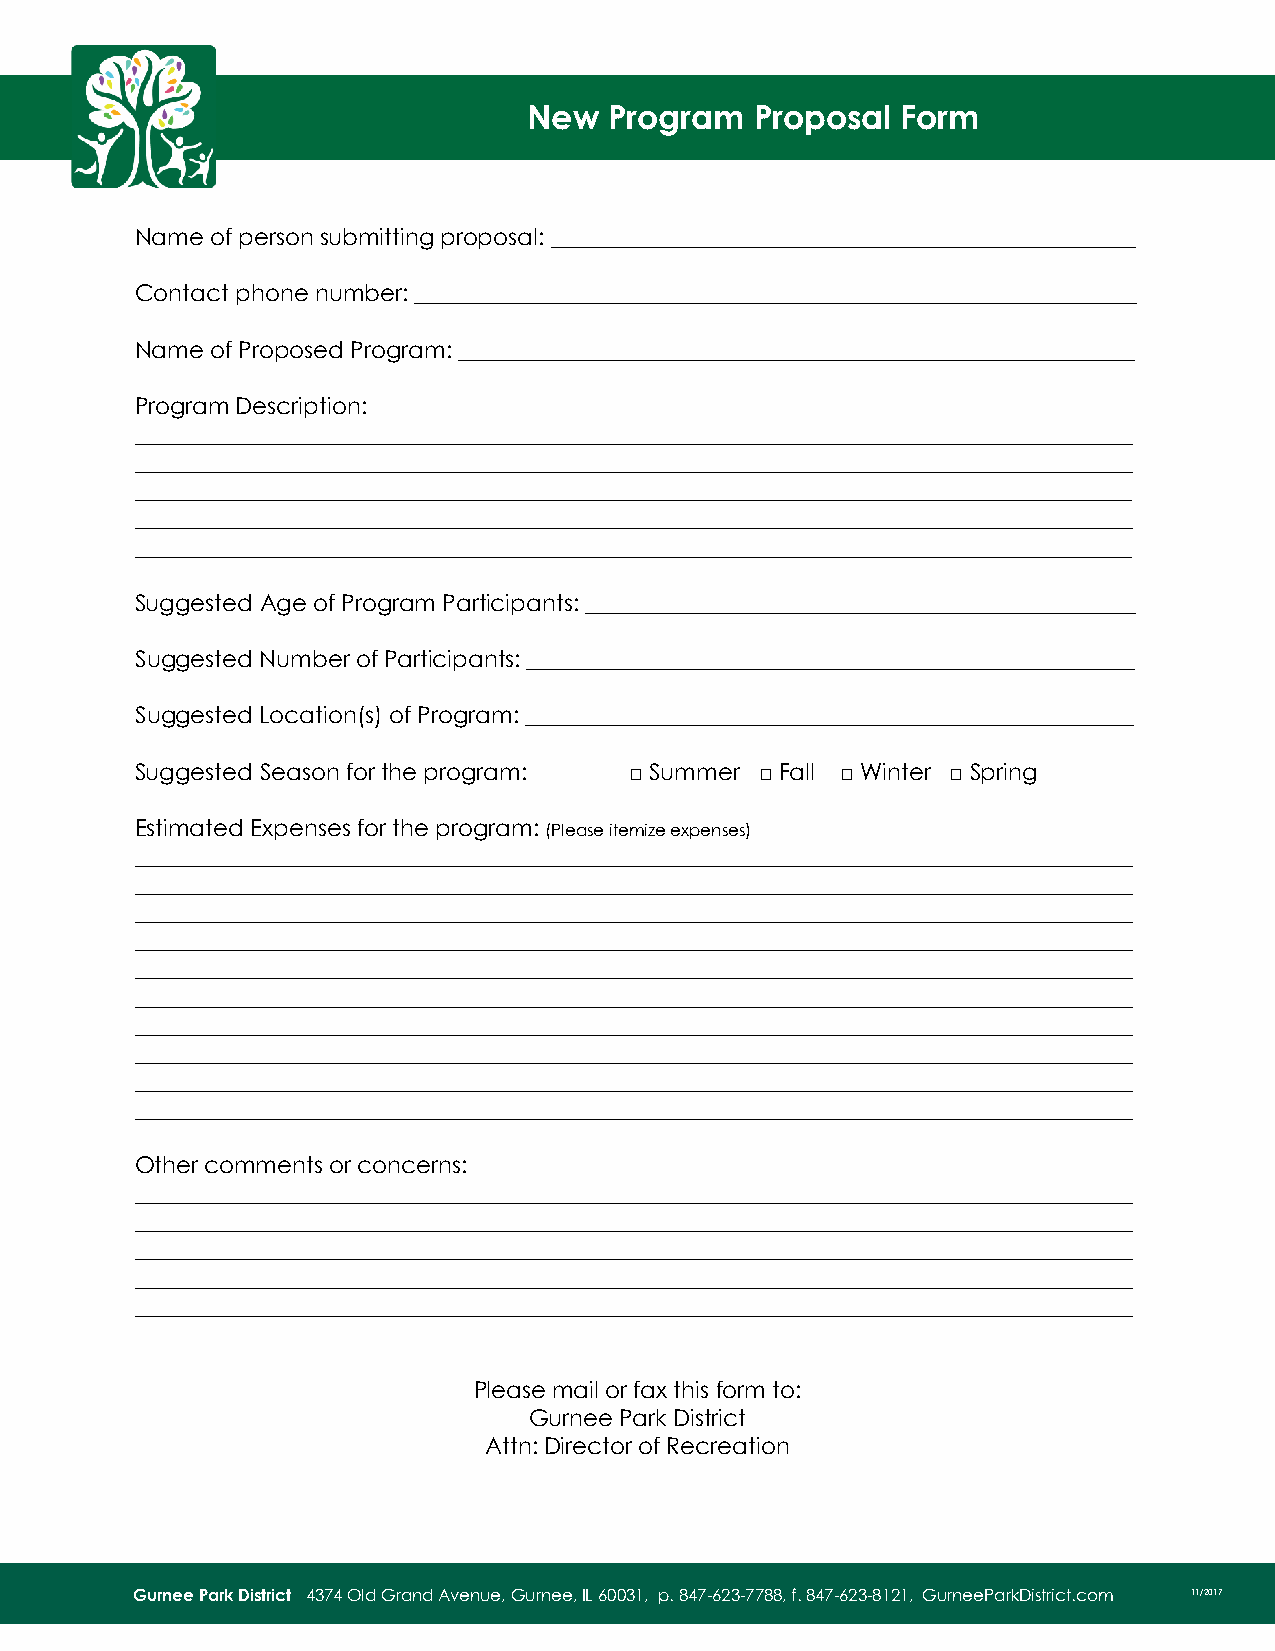
New  Program   Proposal  Form
 Name of person submitting proposal: ___________________________________________________
 Contact phone number: _______________________________________________________________
 Name of Proposed Program: ___________________________________________________________
 Program Description:
 _______________________________________________________________________________________
 _______________________________________________________________________________________
 _______________________________________________________________________________________
 _______________________________________________________________________________________
 _______________________________________________________________________________________
 Suggested Age of Program Participants: ________________________________________________
 Suggested Number of Participants: _____________________________________________________
 Suggested Location(s) of Program: _____________________________________________________
 Suggested Season for the program: □ Summer □ Fall □ Winter □ Spring
 Estimated Expenses for the program: (Please itemize expenses)
 _______________________________________________________________________________________
 _______________________________________________________________________________________
 _______________________________________________________________________________________
 _______________________________________________________________________________________
 _______________________________________________________________________________________
 _______________________________________________________________________________________
 _______________________________________________________________________________________
 _______________________________________________________________________________________
 _______________________________________________________________________________________
 _______________________________________________________________________________________
 Other comments or concerns:
 _______________________________________________________________________________________
 _______________________________________________________________________________________
 _______________________________________________________________________________________
 _______________________________________________________________________________________
 _______________________________________________________________________________________
 Please mail or fax this form to:
 Gurnee Park District
 Attn: Director of Recreation
 C:\Users\JGilbert\Desktop\Program Proposal
 Gurnee Park District 4374 Old Grand Avenue, Gurnee, IL 60031, p. 847-623-7788, f. 847-623-8121, GurneeParkDistrict.com 11/2017F orm.docx